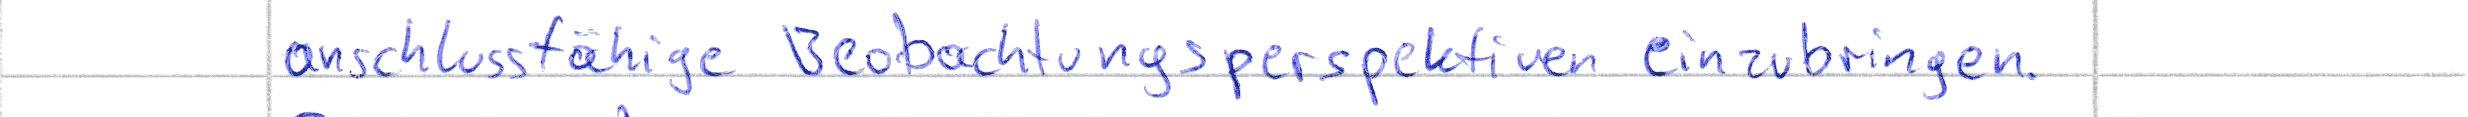
anschlussfähige Beobachtungsperspektiven einzubringen